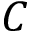
\cal C